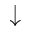
\downarrow